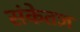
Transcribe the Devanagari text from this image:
संकेतज्ञ